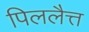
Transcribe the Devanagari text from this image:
पिललैत्त